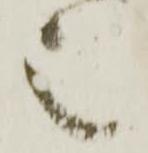
之